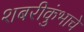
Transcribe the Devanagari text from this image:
शबरीकुंभाचे